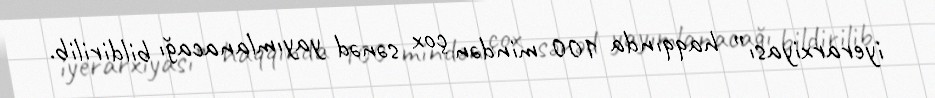
iyerarxiyası” haqqında 100 mindən çox sənəd yayımlanacağı bildirilib.